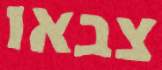
צבאו